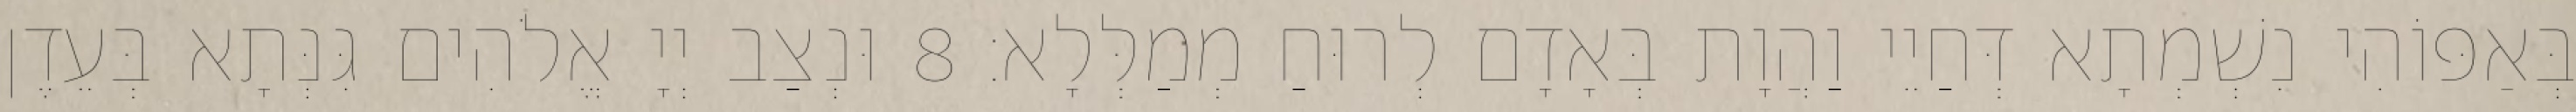
בְּאַפּוֹהִי נִשְׁמְתָא דְּחַיֵי וַהֲוָת בְּאָדָם לְרוּחַ מְמַלְּלָא׃ 8 וּנְצַב יְיָ אֱלֹהִים גִּנְּתָא בְּעֵדֶן